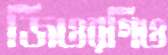
জিওরগিও